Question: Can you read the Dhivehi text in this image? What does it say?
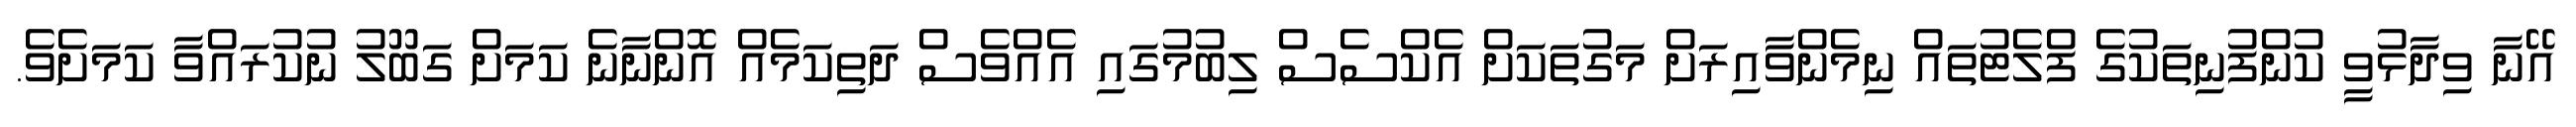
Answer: އޭނާ ވިދާޅުވީ ކުންފުނިތަކުގެ ފްލެޓުތައް ނިމެންވާއިރަށް މަގުތަކަށް އެކްސެސް ލިބުމުގައި އެއްވެސް ދަތިކަމެއް އޮންނާނެ ކަމަށް ގަބޫލު ނުކުރައްވާ ކަމަށެވެ.